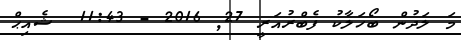
މަ ލަދުން ބޯހަލާކު ފެބްރުއަރީ 27